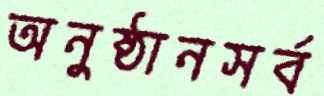
অনুষ্ঠানসর্ব